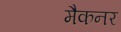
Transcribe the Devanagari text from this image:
मैकनर